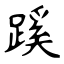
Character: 蹊